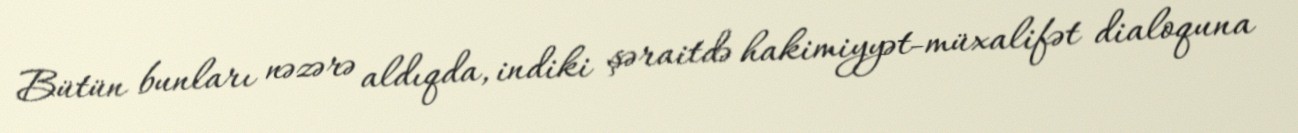
Bütün bunları nəzərə aldıqda, indiki şəraitdə hakimiyyət-müxalifət dialoquna